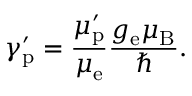
\gamma _ { \mathrm { { p } } } ^ { \prime } = { \frac { \mu _ { \mathrm { { p } } } ^ { \prime } } { \mu _ { \mathrm { { e } } } } } { \frac { g _ { \mathrm { { e } } } \mu _ { \mathrm { { B } } } } { \hbar } } .